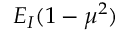
E _ { I } ( 1 - \mu ^ { 2 } )